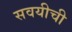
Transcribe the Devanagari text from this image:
सवयीची